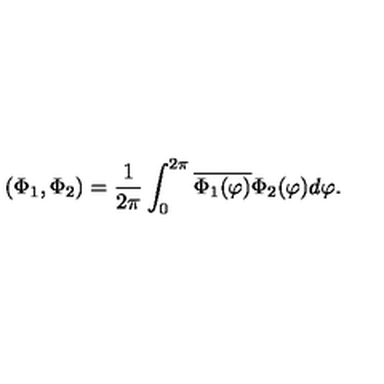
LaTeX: ( \Phi _ { 1 } , \Phi _ { 2 } ) = \frac { 1 } { 2 \pi } \int _ { 0 } ^ { 2 \pi } \overline { { \Phi _ { 1 } ( \varphi ) } } \Phi _ { 2 } ( \varphi ) d \varphi .